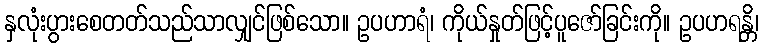
နှလုံးပွားစေတတ်သည်သာလျှင်ဖြစ်သော။ ဥပဟာရံ၊ ကိုယ်နှုတ်ဖြင့်ပူဇော်ခြင်းကို။ ဥပဟရန္တိ၊